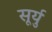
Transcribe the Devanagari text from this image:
सूर्यु